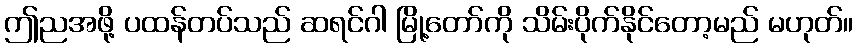
ဤညအဖို့ ပထန်တပ်သည် ဆရင်ဂါ မြို့တော်ကို သိမ်းပိုက်နိုင်တော့မည် မဟုတ်။